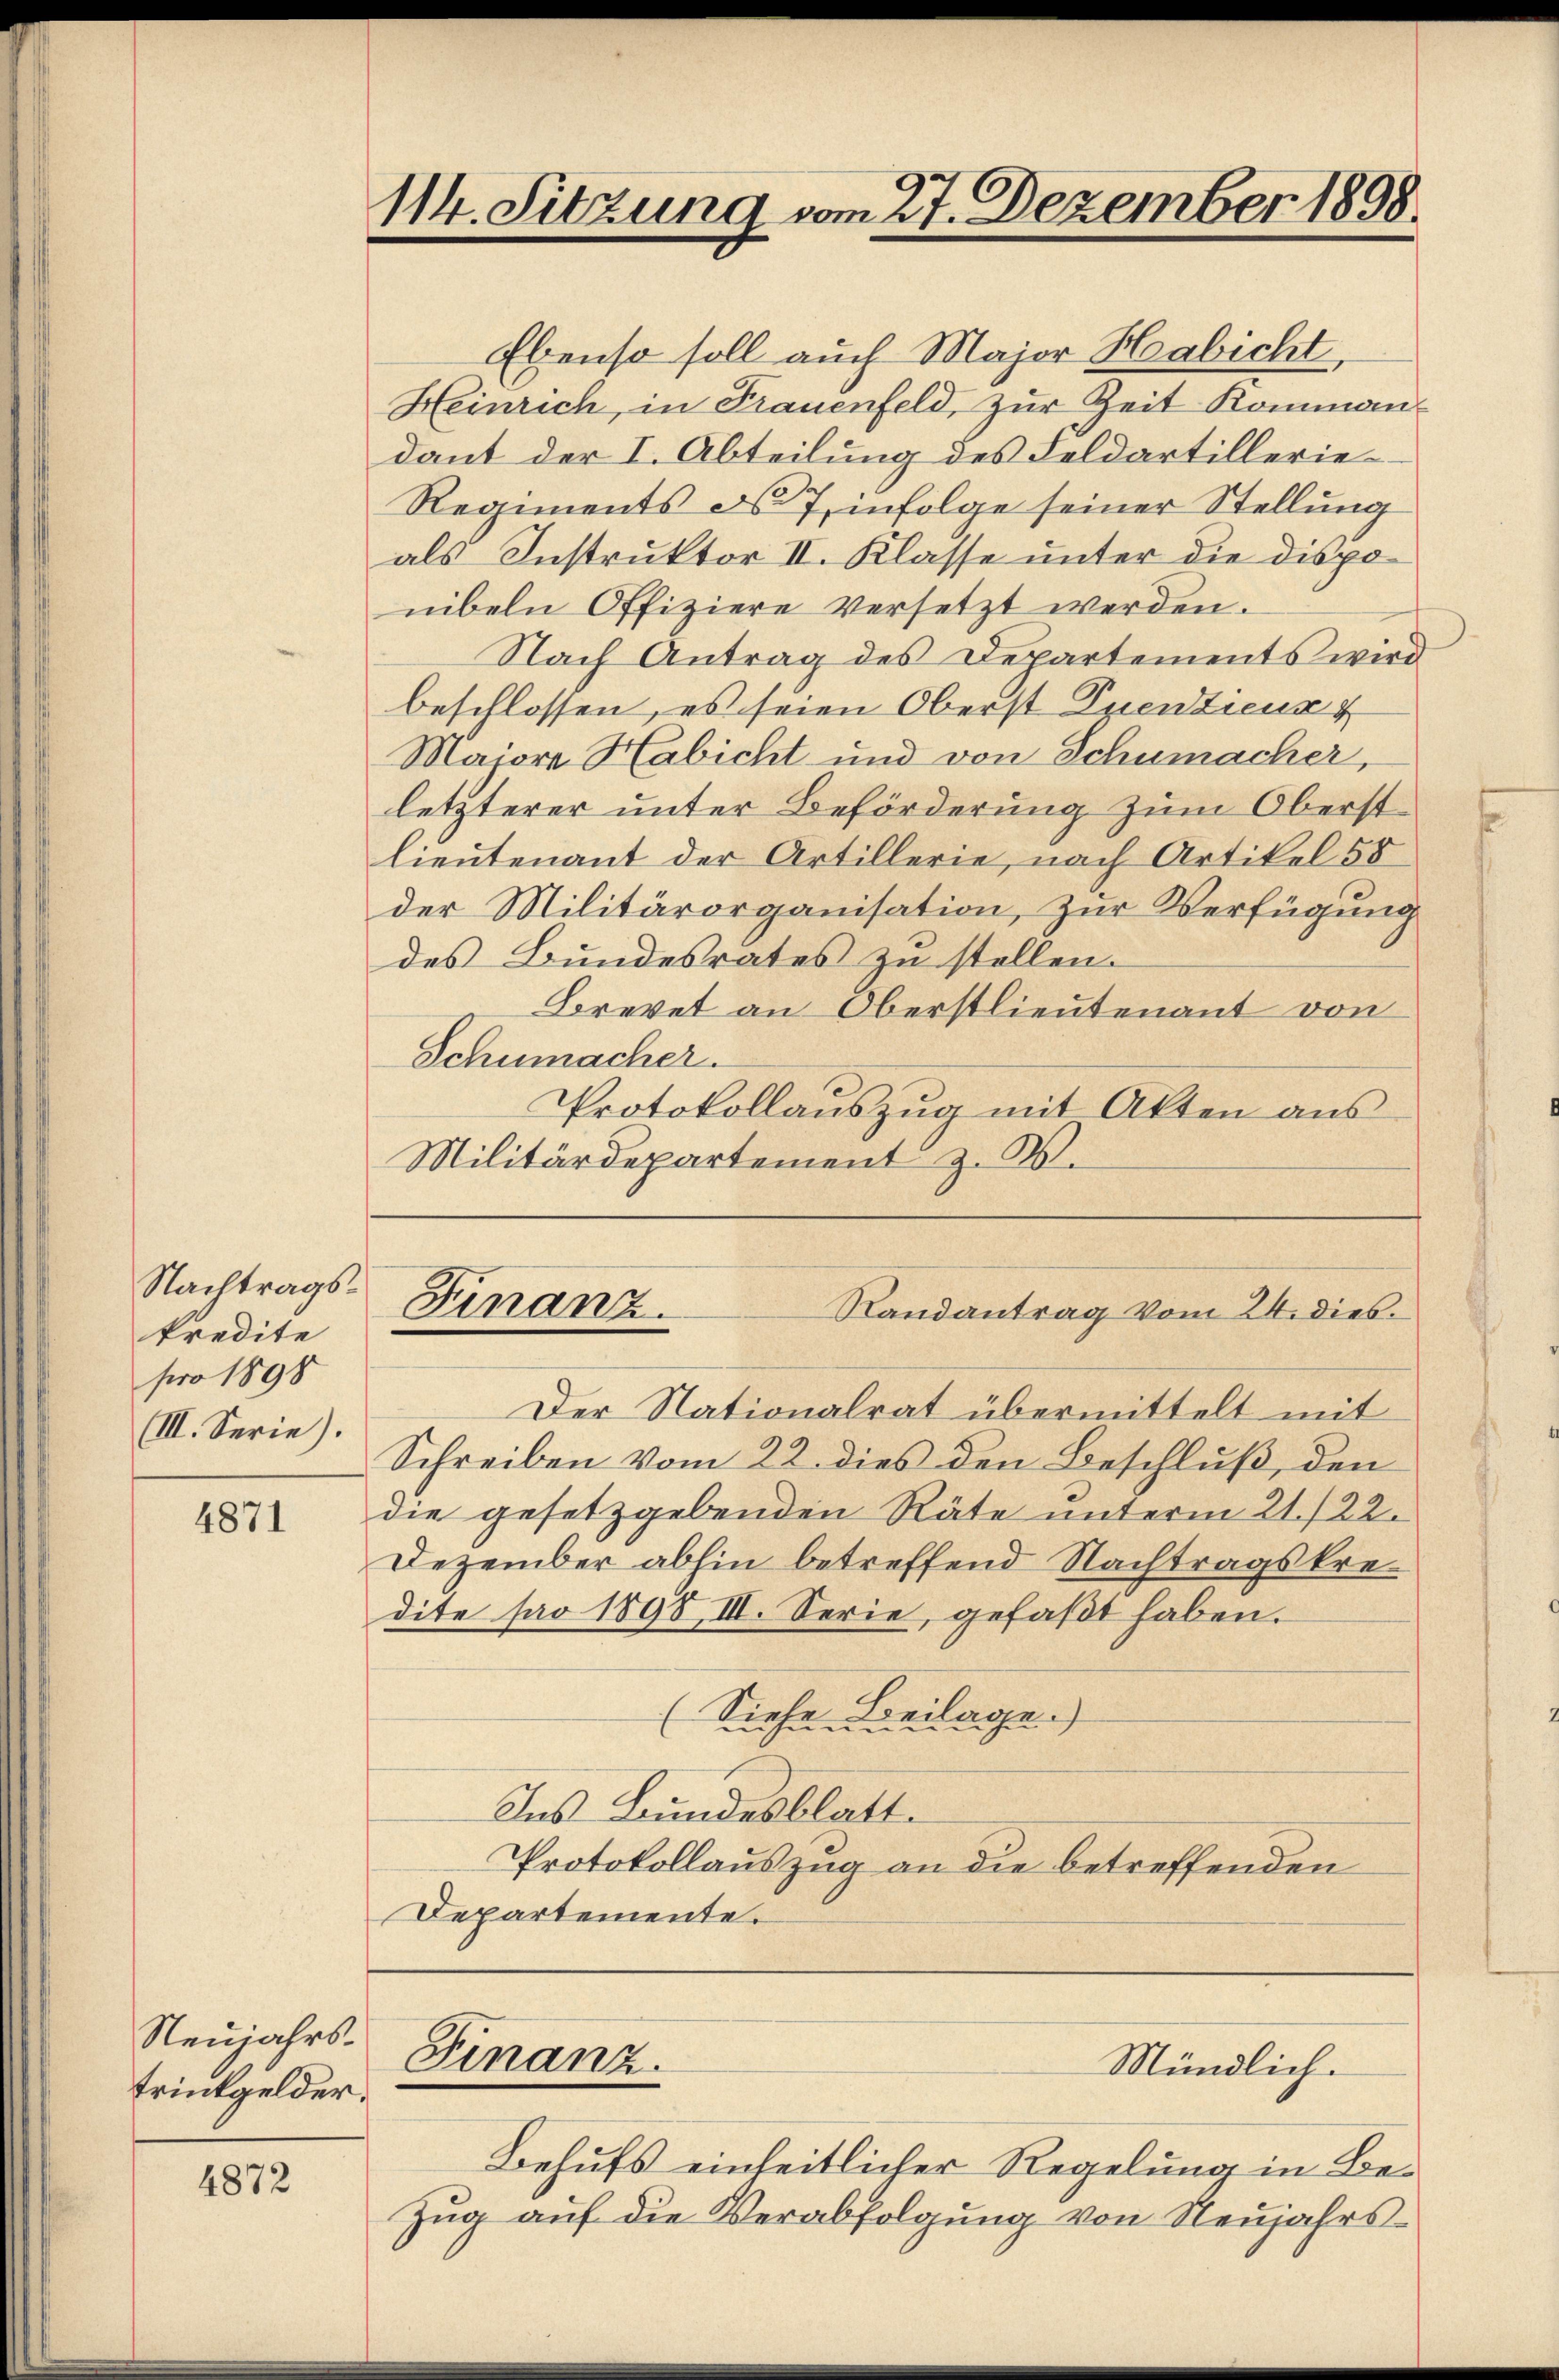
Nachtragskredite
pro 1898
(III. Serie).

4871

Neujahrstrinkgelder.

4872

114. Sitzung vom 27. Dezember 1898.

Ebenso soll auch Major Habicht,
Heinrich, in Frauenfeld, zur Zeit Kommandant der I. Abteilung des Feldartillerie¬
Regiments d. 7, infolge seiner Stellung
als Instruktor II. Klasse unter die disponibeln Offiziere versetzt werden.
Nach Antrag des Departements wird
beschlossen, es seien Oberst Euenieur
Majore Habicht und von Schumacher,
letzterer unter Beförderung zum Oberstlieutenant der Artillerie, nach Artikel 58
der Militärorganisation, zur Verfügung
des Bundesrates zu stellen.
Brevet an Oberstlieutenant von
Schumacher.
Protokollanszŭg mit Akten ans
Militärdepartement z. W.

Finanz
Randantrag vom 24. dies.

Der Nationalrat übermittelt mit
Schreiben vom 22. dies den Beschluß, den
die gesetzgebenden Räte unterm 21./22.
Dezember abhin betreffend Nachtragskredite pro 1898, III. Serie, gefaßt haben.
(Siehe Beilage.
Ins Bundesblatt.
Protokollauszug an die betreffenden
Departemente.

Finanz.

Behufs einheitlicher Regelung in Be¬
Zug auf die Verabfolgung von Neujahrs¬

Mündlich.